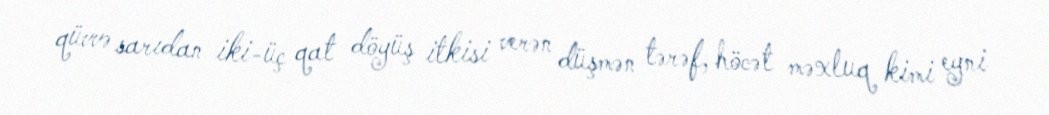
qüvvə sarıdan iki-üç qat döyüş itkisi verən düşmən tərəf, höcət məxluq kimi eyni